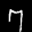
Label: 7